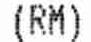
(RM)